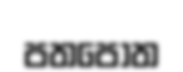
පතපොත